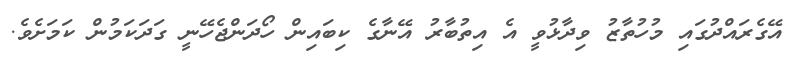
އޭގެރައްދުގައި މުހުތާޒު ވިދާޅުވީ އެ އިތުބާރު އޭނާގެ ކިބައިން ހޯދަންޖެހޭނީ ގަދަކަމުން ކަމަށެވެ.